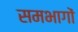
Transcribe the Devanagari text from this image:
समभागों